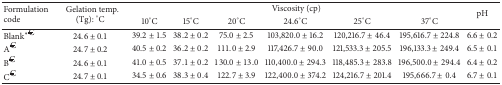
| <ROWSPAN=2> Formulationcode | <ROWSPAN=2> Gelation temp. (Tg): °C | <COLSPAN=6> Viscosity (cp) | <ROWSPAN=2> pH |
 | 10°C | 15°C | 20°C | 24.6°C | 25°C | 37°C |
 | --- | --- | --- | --- | --- | --- | --- | --- | --- |
 | Blank∗€ | 24.6 ± 0.1 | 39.2 ± 1.5 | 38.2 ± 0.2 | 75.0 ± 2.5 | 103,820.0 ± 16.2 | 120,216.7 ± 46.4 | 195,616.7 ± 224.8 | 6.6 ± 0.2 |
 | A€ | 24.7 ± 0.2 | 40.5 ± 0.2 | 36.2 ± 0.2 | 111.0 ± 2.9 | 117,426.7 ± 90.0 | 121,533.3 ± 205.5 | 196,133.3 ± 249.4 | 6.5 ± 0.1 |
 | B€ | 24.6 ± 0.1 | 41.0 ± 0.5 | 37.1 ± 0.2 | 130.0 ± 13.0 | 110,400.0 ± 294.3 | 118,485.3 ± 283.8 | 196,500.0 ± 294.4 | 6.4 ± 0.2 |
 | C€ | 24.7 ± 0.1 | 34.5 ± 0.6 | 38.3 ± 0.4 | 122.7 ± 3.9 | 122,400.0 ± 374.2 | 124,216.7 ± 201.4 | 195,666.7 ± 0.4 | 6.7 ± 0.1 |